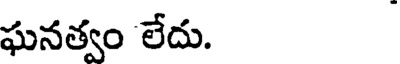
ఘనత్వం లేదు.